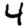
Digit: 4